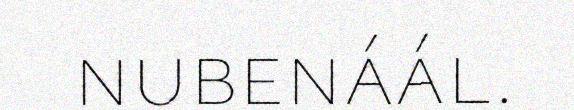
nubenáál.